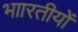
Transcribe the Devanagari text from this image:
भाारतीयों